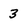
Character: 3